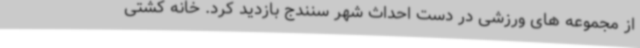
از مجموعه های ورزشی در دست احداث شهر سنندج بازدید کرد. خانه کشتی